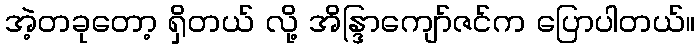
အဲ့တခုတော့ ရှိတယ် လို့ အိန္ဒြာကျော်ဇင်က ပြောပါတယ်။